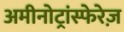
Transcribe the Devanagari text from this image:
अमीनोट्रांस्फेरेज़